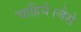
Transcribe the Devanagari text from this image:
चाहिये।जैसे